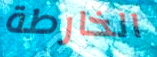
الخارطة